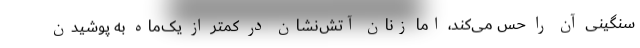
سنگینی آن را حس می‌کند، اما زنان آتش‌نشان در کمتر از یک‌ماه به پوشیدن